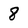
Character: 8